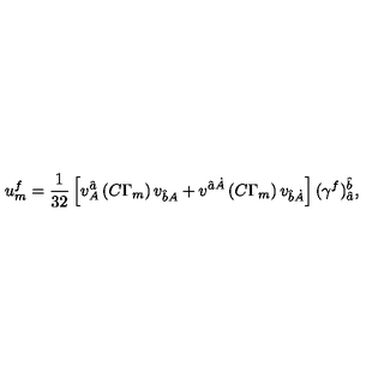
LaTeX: u _ { { m } } ^ { { { f } } } = { \frac { 1 } { 3 2 } } \left[ v _ { { A } } ^ { { \hat { a } } } \left( C \Gamma _ { { m } } \right) v _ { { \hat { b } } { A } } + v ^ { { \hat { a } } { \dot { A } } } \left( C \Gamma _ { { m } } \right) v _ { { \hat { b } } { \dot { A } } } \right] ( \gamma ^ { f } ) _ { { \hat { a } } } ^ { { { \hat { b } } } } ,